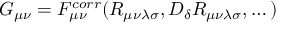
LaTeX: G _ { \mu \nu } = F _ { \mu \nu } ^ { c o r r } ( R _ { \mu \nu \lambda \sigma } , D _ { \delta } R _ { \mu \nu \lambda \sigma } , \dots )